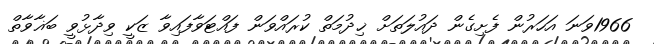
1966ވަނަ އަހަރުން ފެށިގެން ދައުލަތަށް ޚިދުމަތް ކުރައްވަން ފައްޓަވާފައިވާ ޒަކީ ވިދާޅުވީ ބަޣާވާތް